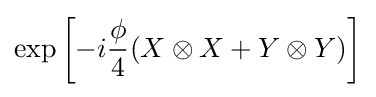
{\displaystyle \exp \left[-i{\frac {\phi }{4}}(X\otimes X+Y\otimes Y)\right]}